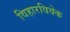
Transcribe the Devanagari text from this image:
विहारविवेक